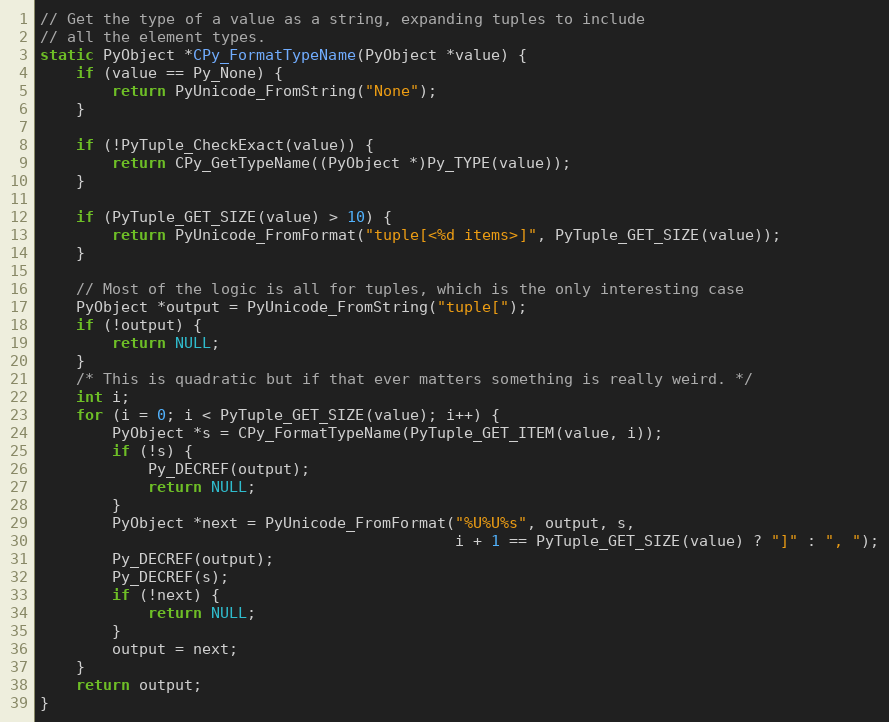
Language: C
// Get the type of a value as a string, expanding tuples to include
// all the element types.
static PyObject *CPy_FormatTypeName(PyObject *value) {
    if (value == Py_None) {
        return PyUnicode_FromString("None");
    }

    if (!PyTuple_CheckExact(value)) {
        return CPy_GetTypeName((PyObject *)Py_TYPE(value));
    }

    if (PyTuple_GET_SIZE(value) > 10) {
        return PyUnicode_FromFormat("tuple[<%d items>]", PyTuple_GET_SIZE(value));
    }

    // Most of the logic is all for tuples, which is the only interesting case
    PyObject *output = PyUnicode_FromString("tuple[");
    if (!output) {
        return NULL;
    }
    /* This is quadratic but if that ever matters something is really weird. */
    int i;
    for (i = 0; i < PyTuple_GET_SIZE(value); i++) {
        PyObject *s = CPy_FormatTypeName(PyTuple_GET_ITEM(value, i));
        if (!s) {
            Py_DECREF(output);
            return NULL;
        }
        PyObject *next = PyUnicode_FromFormat("%U%U%s", output, s,
                                              i + 1 == PyTuple_GET_SIZE(value) ? "]" : ", ");
        Py_DECREF(output);
        Py_DECREF(s);
        if (!next) {
            return NULL;
        }
        output = next;
    }
    return output;
}